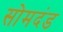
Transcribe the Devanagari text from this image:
सोमदंड